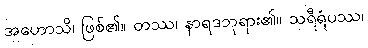
အဟောသိ၊ ဖြစ်၏။ တဿ၊ နာရဒဘုရား၏။ သရီရံပဿ၊